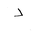
Letter: _dal